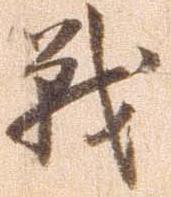
戦